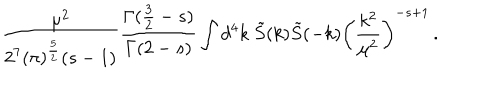
\frac { \mu ^ { 2 } } { 2 ^ { 7 } ( \pi ) ^ { \frac 5 2 } ( s - 1 ) } \frac { \Gamma ( \frac 3 2 - s ) } { \Gamma ( 2 - s ) } \int d ^ { 4 } k \ \tilde { S } ( k ) \tilde { S } ( - k ) \left( \frac { k ^ { 2 } } { \mu ^ { 2 } } \right) ^ { - s + 1 } \, .